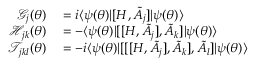
\begin{array} { r l } { \mathcal { G } _ { j } ( { \boldsymbol { \theta } } ) } & { { } = i \langle \psi ( { \boldsymbol { \theta } } ) | [ H , \tilde { A } _ { j } ] | \psi ( { \boldsymbol { \theta } } ) \rangle } \\ { \mathcal { H } _ { j k } ( { \boldsymbol { \theta } } ) } & { { } = - \langle \psi ( { \boldsymbol { \theta } } ) | [ [ H , \tilde { A } _ { j } ] , \tilde { A } _ { k } ] | \psi ( { \boldsymbol { \theta } } ) \rangle } \\ { \mathcal { T } _ { j k l } ( { \boldsymbol { \theta } } ) } & { { } = - i \langle \psi ( { \boldsymbol { \theta } } ) | [ [ [ H , \tilde { A } _ { j } ] , \tilde { A } _ { k } ] , \tilde { A } _ { l } ] | \psi ( { \boldsymbol { \theta } } ) \rangle } \end{array}